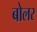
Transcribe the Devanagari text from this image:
बोलर